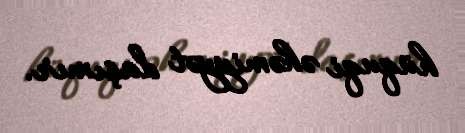
hüquqi əhəmiyyət daşımır.